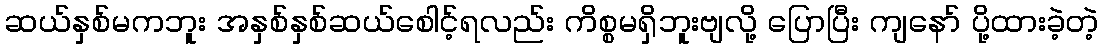
ဆယ်နှစ်မကဘူး အနှစ်နှစ်ဆယ်စေါင့်ရလည်း ကိစ္စမရှိဘူးဗျလို့ ပြောပြီး ကျနော် ပို့ထားခဲ့တဲ့